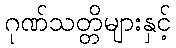
ဂုဏ်သတ္တိများနှင့်